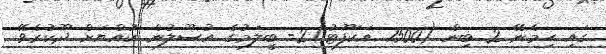
ގައި ހިމެނޭ 2 ބިން (1500 އަކަފޫޓު)2- ބީލަމުގެ އުސޫލުން ކުއްޔަށް ދޫކުރެވޭ